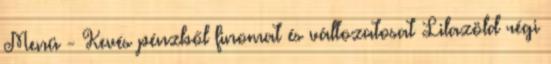
Menü - Kevés pénzből finomat és változatosat Lilazöld régi